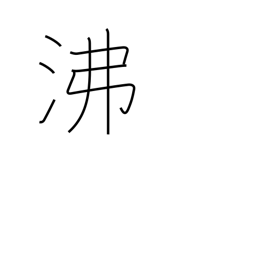
Meaning: breed